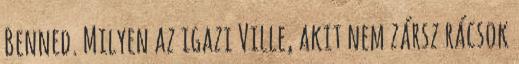
Benned. Milyen az igazi Ville, akit nem zársz rácsok